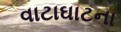
વાટાઘાટના